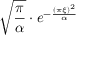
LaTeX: { \sqrt { \frac { \pi } { \alpha } } } \cdot e ^ { - { \frac { ( \pi \xi ) ^ { 2 } } { \alpha } } }